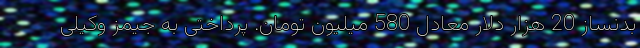
بدنساز 20 هزار دلار معادل 580 میلیون تومان. پرداختی به جیمز وکیلی